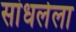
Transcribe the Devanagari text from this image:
सांधलेला